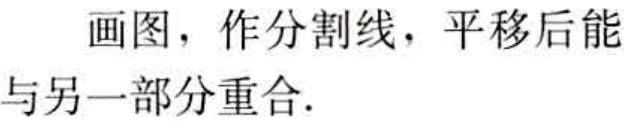
画图，作分割线，平移后能与另一部分重合.